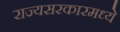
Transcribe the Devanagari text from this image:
राज्यसरकारमध्ये